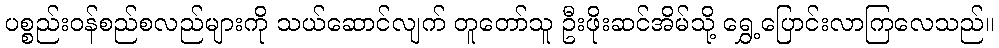
ပစ္စည်းဝန်စည်စလည်များကို သယ်ဆောင်လျက် တူတော်သူ ဦးဖိုးဆင်အိမ်သို့ ရွှေ့ပြောင်းလာကြလေသည်။